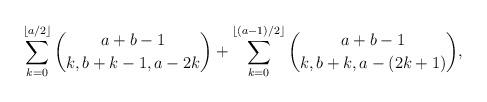
LaTeX: \begin{align*}\sum_{k=0}^{\lfloor a/2 \rfloor}\binom{a+b-1}{k,b+k-1,a-2k}+\sum_{k=0}^{\lfloor (a-1)/2 \rfloor}\binom{a+b-1}{k,b+k,a-(2k+1)},\end{align*}